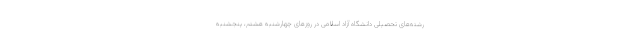
رشته‌های تحصیلی دانشگاه آزاد اسلامی در روزهای چهارشنبه هشتم، پنجشنبه